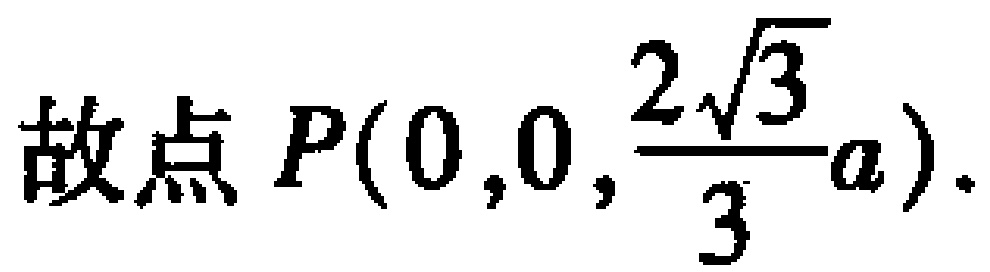
故点 \(P(0,0,\frac{2\sqrt{3}}{3}a)\).